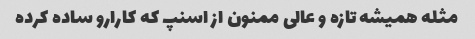
مثله همیشه تازه و عالی ممنون از اسنپ که کارارو ساده کرده